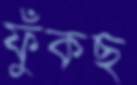
ফুঁকছ